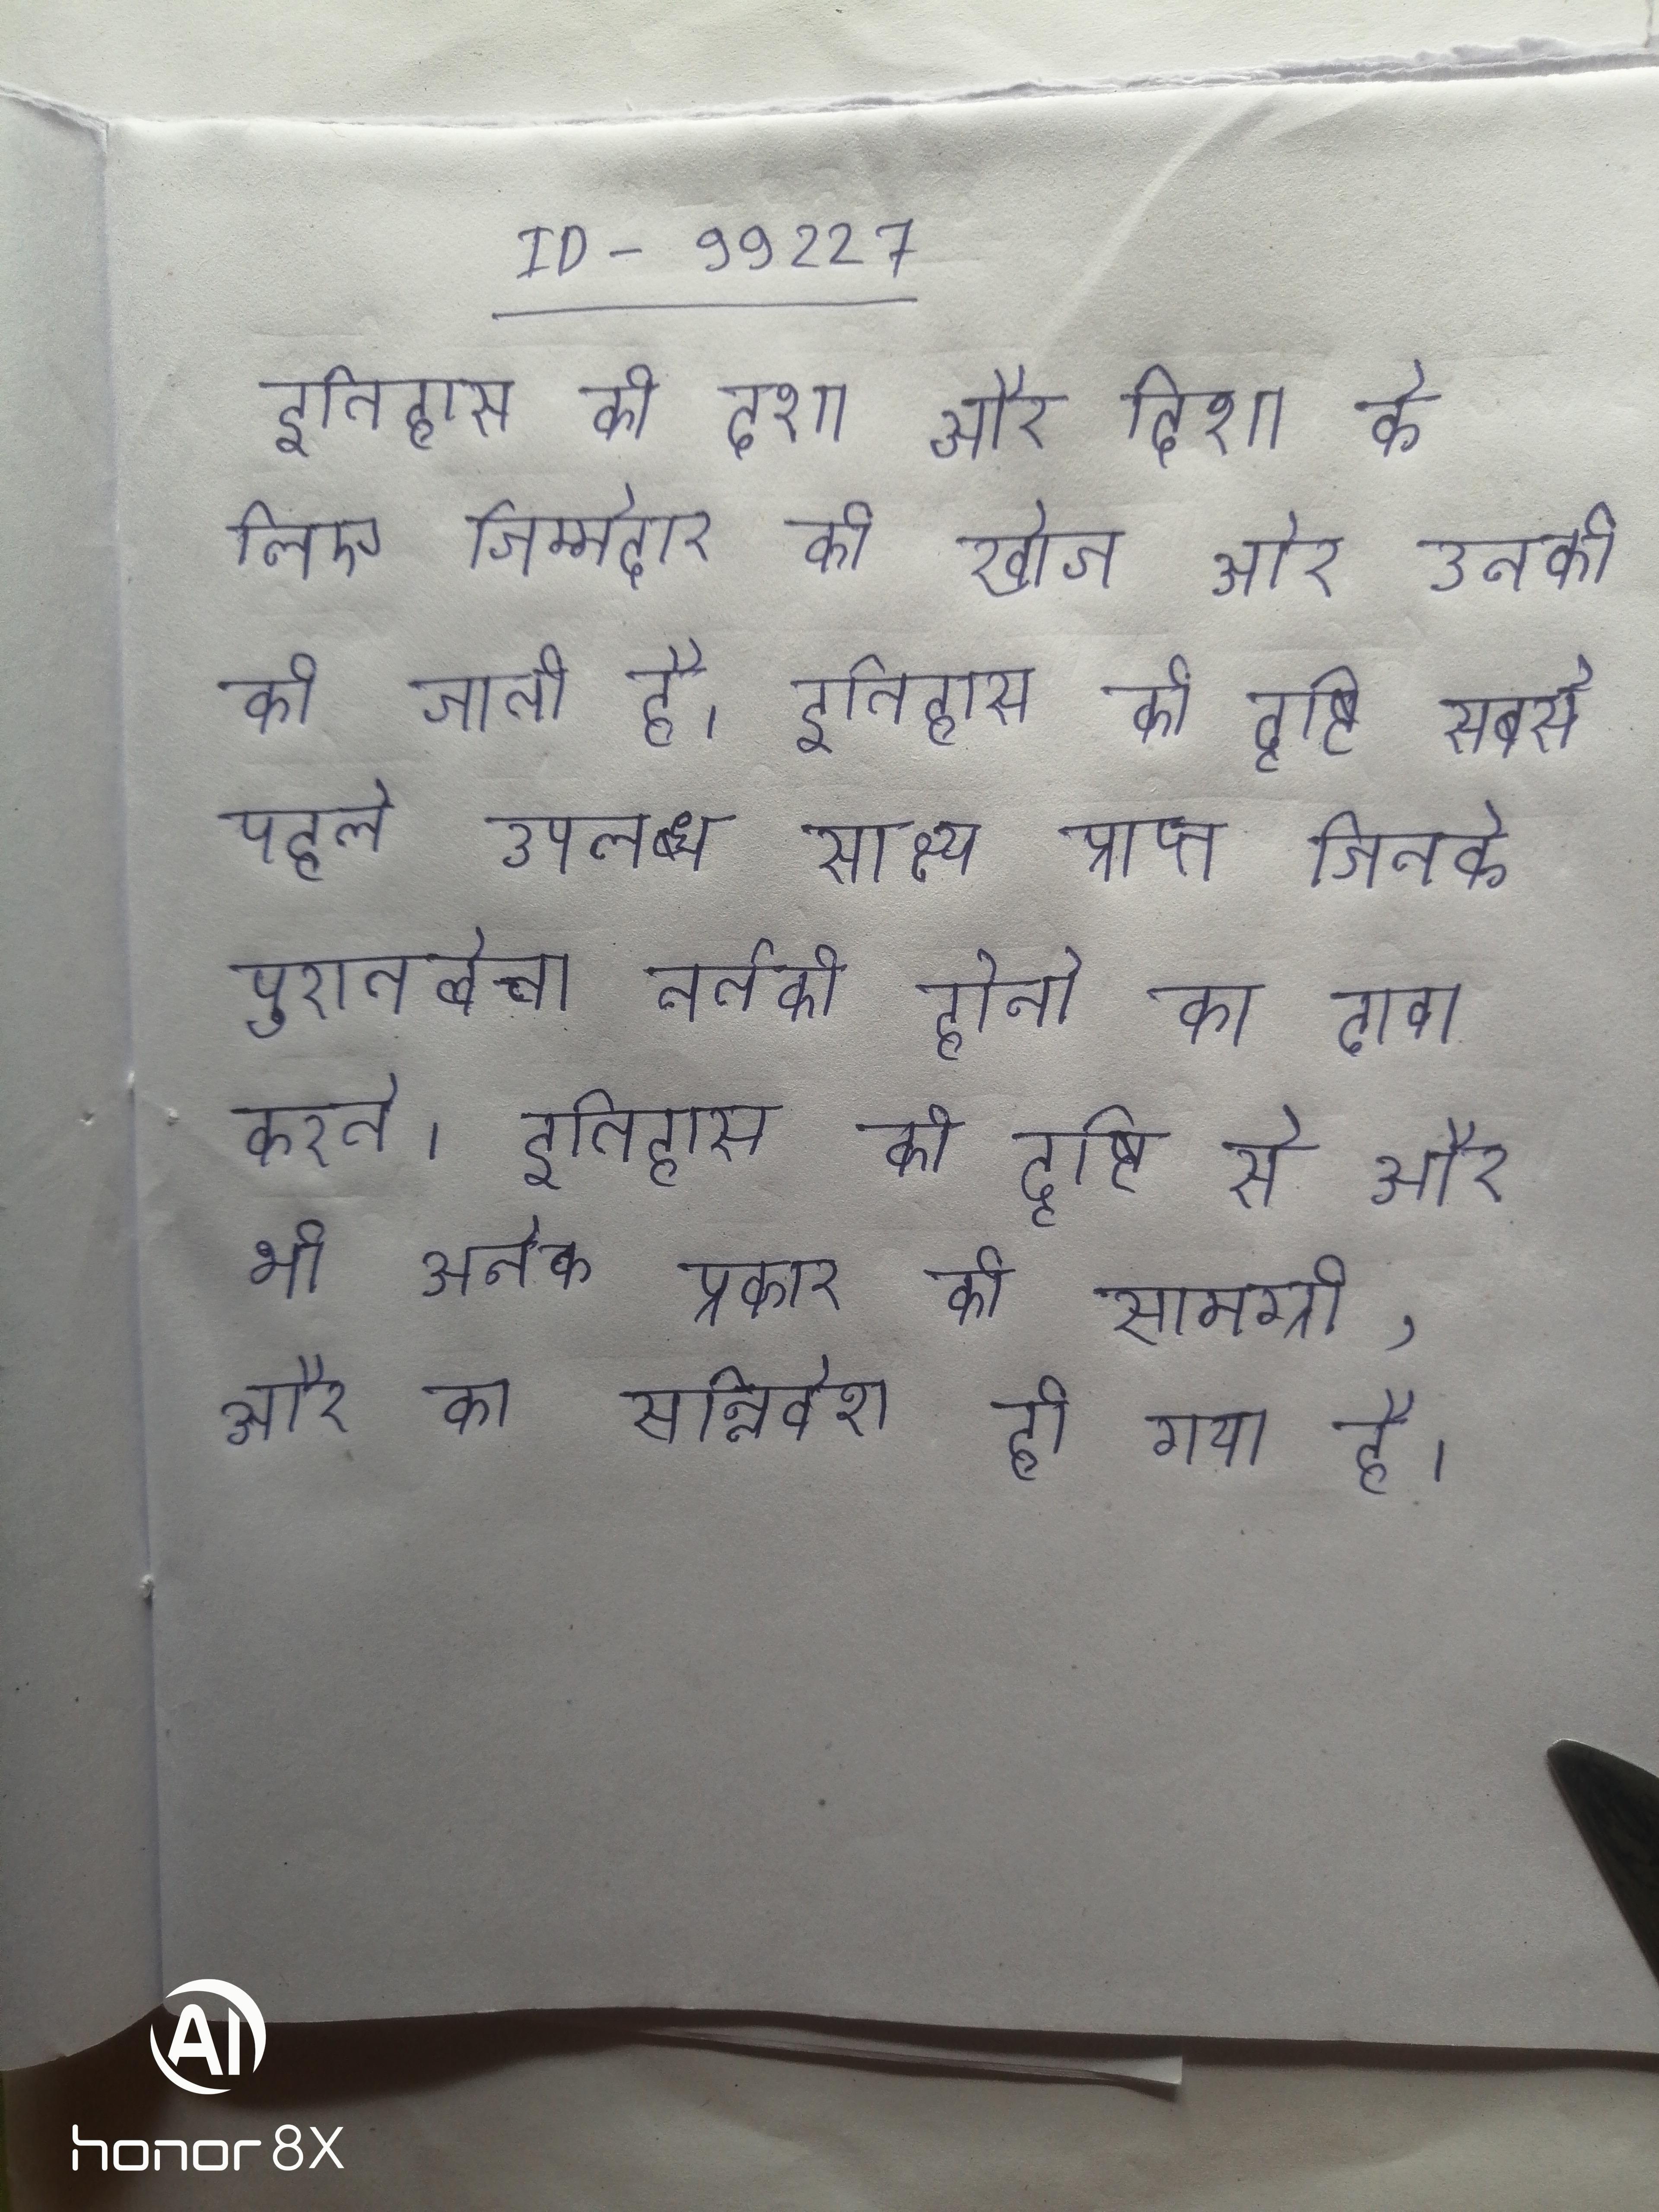
इतिहास की दशा और दिशा के लिए जिम्मेदार की खोज और उनकी की जाती है । इतिहास की दृष्टि सबसे पहले उपलब्ध साक्ष्य प्राप्त आदिमानव के उकेरे तथा और की प्राप्त जिनके पुरातत्वेत्ता नर्तकी होने का दावा करते । इतिहास की दृष्टि से और भी अनेक प्रकार की सामग्री, और का सन्निवेश हो गया है ।